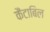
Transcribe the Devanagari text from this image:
कैंटाबिल